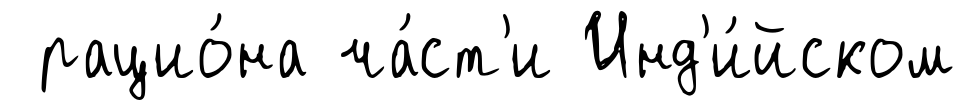
рацио́на ча́ст'и Инд'и́йском